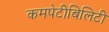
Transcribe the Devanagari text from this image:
कमपेटीबिलिटी